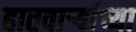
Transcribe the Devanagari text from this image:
हातवाऱ्यांच्या